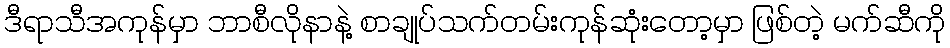
ဒီရာသီအကုန်မှာ ဘာစီလိုနာနဲ့ စာချုပ်သက်တမ်းကုန်ဆုံးတော့မှာ ဖြစ်တဲ့ မက်ဆီကို